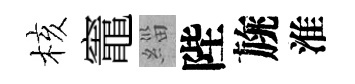
核竈緇陛旐淮